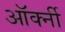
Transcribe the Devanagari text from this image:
ऑर्क्नी